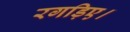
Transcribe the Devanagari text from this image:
रगड़िए।